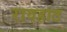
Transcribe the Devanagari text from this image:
रावहाट